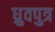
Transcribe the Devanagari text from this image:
ध्रुवपुत्र